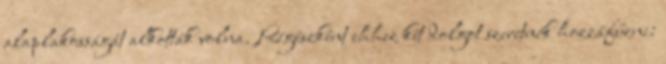
alaplakosságát alkották volna. Régészként ehhez két dolgot szeretnék hozzáfűzni: